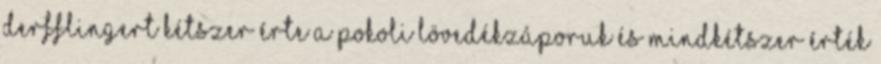
Derfflingert kétszer érte a pokoli lövedékzáporuk és mindkétszer érték